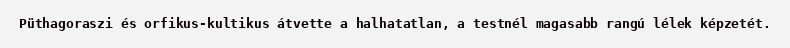
Püthagoraszi és orfikus-kultikus átvette a halhatatlan, a testnél magasabb rangú lélek képzetét.